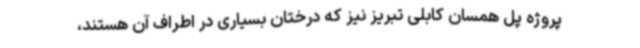
پروژه پل همسان کابلی تبریز نیز که درختان بسیاری در اطراف آن هستند،